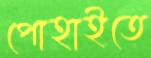
পোহাইতে